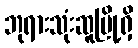
ဘုရားသုံးဆူမြို့ရှိ